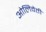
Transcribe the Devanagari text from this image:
ओलिवेती